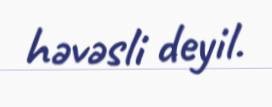
həvəsli deyil.